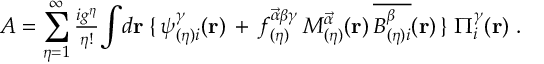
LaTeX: { \cal { A } } = \sum _ { \eta = 1 } ^ { \infty } { \textstyle \frac { i g ^ { \eta } } { \eta ! } } { \int } d { \bf r } \; \{ \, \psi _ { ( \eta ) i } ^ { \gamma } ( { \bf { r } } ) \, + \, f _ { ( \eta ) } ^ { \vec { \alpha } \beta \gamma } \, { \cal { M } } _ { ( \eta ) } ^ { \vec { \alpha } } ( { \bf { r } } ) \, \overline { { { { \cal { B } } _ { ( \eta ) i } ^ { \beta } } } } ( { \bf { r } } ) \, \} \; \Pi _ { i } ^ { \gamma } ( { \bf { r } } ) \; .